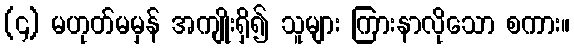
(၄) မဟုတ်မမှန် အကျိုးရှိ၍ သူများ ကြားနာလိုသော စကား။